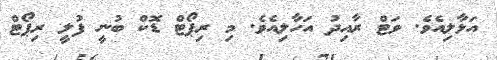
އަޅާލިއެވެ. ވަޓް ރާއިދު އަހާލިއެވެ. މި ރިޕޯޓް ޑޮކް ބުނީ ފުލީ ރިޕޯޓް